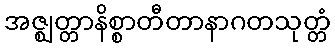
အဇ္ဈတ္တာနိစ္စာတီတာနာဂတသုတ္တံ